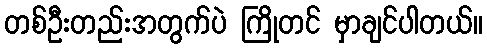
တစ်ဦးတည်းအတွက်ပဲ ကြိုတင် မှာချင်ပါတယ်။